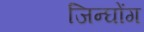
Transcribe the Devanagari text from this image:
जिन्घोंग